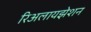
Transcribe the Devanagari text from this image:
रिअलायझेशन